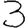
Digit: 3